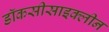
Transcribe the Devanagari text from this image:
डॉकसीसाइक्लीन